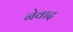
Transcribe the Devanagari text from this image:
नेवाद